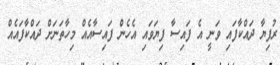
ރުފިޔާ ދައްކާފައި ވަނީ އެ ފައިސާ ފިޔަވައި އެހެން ފައިސާއެއް މިހާތަނަށް ދައްކާފައެއް